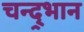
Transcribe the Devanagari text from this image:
चन्द्र्भान